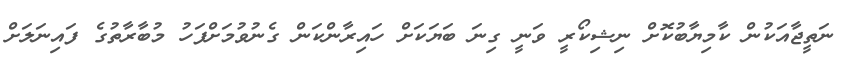
ނަތީޖާއަކުން ކާމިޔާބުކޮށް ނިޝިކޯރީ ވަނީ ގިނަ ބަޔަކަށް ހައިރާންކަން ގެނުވުމަށްފަހު މުބާރާތުގެ ފައިނަލަށް